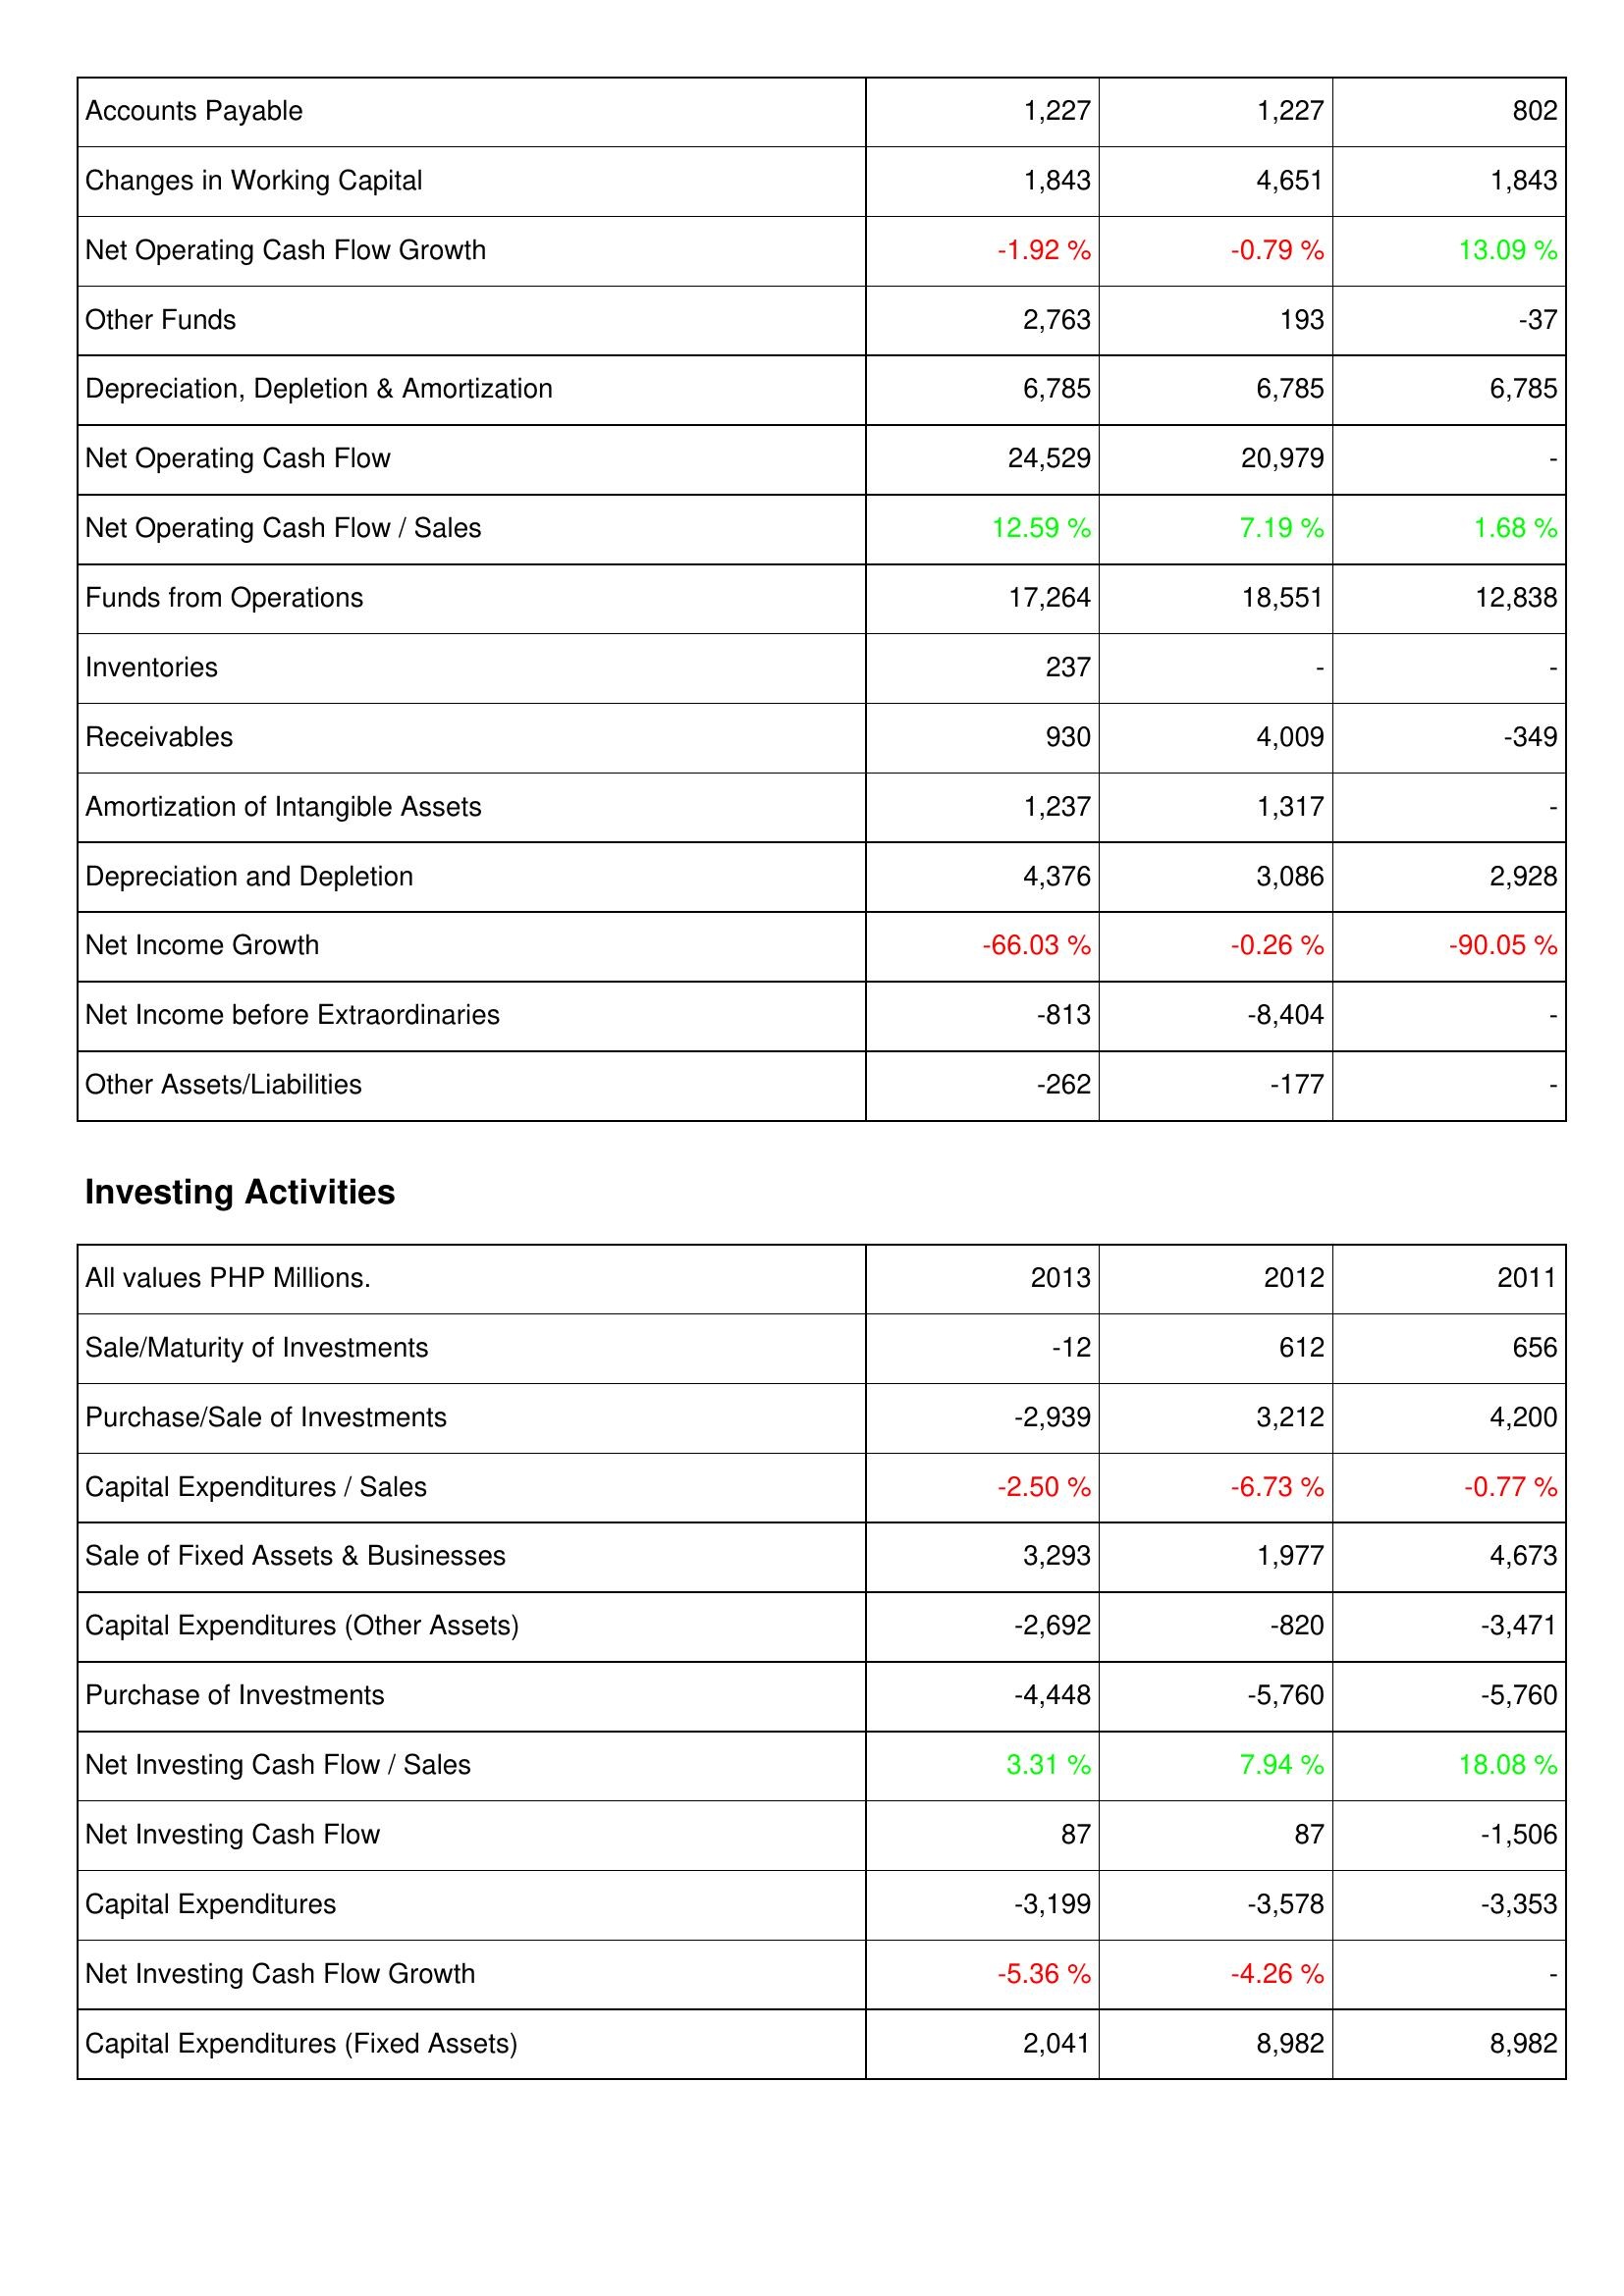
2013: Operating Activities: Accounts Payable: 1,227
Changes in Working Capital: 1,843
Net Operating Cash Flow Growth: -1.92 %
Other Funds: 2,763
Depreciation, Depletion & Amortization: 6,785
Net Operating Cash Flow: 24,529
Net Operating Cash Flow / Sales: 12.59 %
Funds from Operations: 17,264
Inventories: 237
Receivables: 930
Amortization of Intangible Assets: 1,237
Depreciation and Depletion: 4,376
Net Income Growth: -66.03 %
Net Income before Extraordinaries: -813
Other Assets/Liabilities: -262
Investing Activities: Sale/Maturity of Investments: -12
Purchase/Sale of Investments: -2,939
Capital Expenditures / Sales: -2.50 %
Sale of Fixed Assets & Businesses: 3,293
Capital Expenditures (Other Assets): -2,692
Purchase of Investments: -4,448
Net Investing Cash Flow / Sales: 3.31 %
Net Investing Cash Flow: 87
Capital Expenditures: -3,199
Net Investing Cash Flow Growth: -5.36 %
Capital Expenditures (Fixed Assets): 2,041
2012: Operating Activities: Accounts Payable: 1,227
Changes in Working Capital: 4,651
Net Operating Cash Flow Growth: -0.79 %
Other Funds: 193
Depreciation, Depletion & Amortization: 6,785
Net Operating Cash Flow: 20,979
Net Operating Cash Flow / Sales: 7.19 %
Funds from Operations: 18,551
Inventories: -
Receivables: 4,009
Amortization of Intangible Assets: 1,317
Depreciation and Depletion: 3,086
Net Income Growth: -0.26 %
Net Income before Extraordinaries: -8,404
Other Assets/Liabilities: -177
Investing Activities: Sale/Maturity of Investments: 612
Purchase/Sale of Investments: 3,212
Capital Expenditures / Sales: -6.73 %
Sale of Fixed Assets & Businesses: 1,977
Capital Expenditures (Other Assets): -820
Purchase of Investments: -5,760
Net Investing Cash Flow / Sales: 7.94 %
Net Investing Cash Flow: 87
Capital Expenditures: -3,578
Net Investing Cash Flow Growth: -4.26 %
Capital Expenditures (Fixed Assets): 8,982
2011: Operating Activities: Accounts Payable: 802
Changes in Working Capital: 1,843
Net Operating Cash Flow Growth: 13.09 %
Other Funds: -37
Depreciation, Depletion & Amortization: 6,785
Net Operating Cash Flow: -
Net Operating Cash Flow / Sales: 1.68 %
Funds from Operations: 12,838
Inventories: -
Receivables: -349
Amortization of Intangible Assets: -
Depreciation and Depletion: 2,928
Net Income Growth: -90.05 %
Net Income before Extraordinaries: -
Other Assets/Liabilities: -
Investing Activities: Sale/Maturity of Investments: 656
Purchase/Sale of Investments: 4,200
Capital Expenditures / Sales: -0.77 %
Sale of Fixed Assets & Businesses: 4,673
Capital Expenditures (Other Assets): -3,471
Purchase of Investments: -5,760
Net Investing Cash Flow / Sales: 18.08 %
Net Investing Cash Flow: -1,506
Capital Expenditures: -3,353
Net Investing Cash Flow Growth: -
Capital Expenditures (Fixed Assets): 8,982